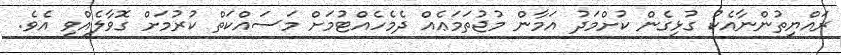
ރައްޔިތުންނާއެކު ގުޅިގެން ކުށްމަދު އަމާން މުޖުތަމަޢެއް ދެމެހެއްޓުމަށް މަސައްކަތް ކުރުމަށް ގޮވާލެއްވި އެވެ.